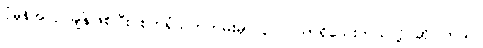
ပုံမှန်အလုပ်ချိန်ဖြစ်ပြီး စက်ရုံသက်တမ်းမှာ ၃ လသာရှိသေးတယ်လို့ ဆိုပါတယ်။